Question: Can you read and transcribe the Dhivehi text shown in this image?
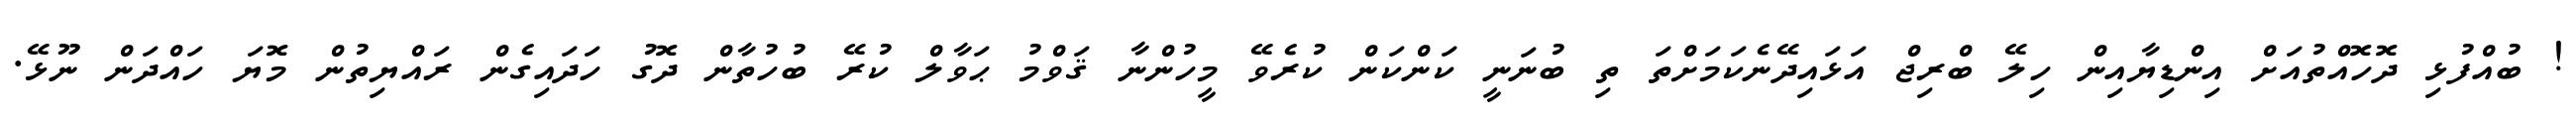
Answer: ! ބުއްފުޅި ދޮހޮއްތުއަށް އިންޑިޔާއިން ހިލޭ ބްރިޖް އަޅައިދޭނެކަމަށްތަ ތި ބުނަނީ ކަންކަން ކުރެވޭ މީހުންނާ ޤަވްމު ޙަވާލް ކުރޭ ބުހުތާން ދޮގު ހަދައިގެން ރައްޔިތުން މޮޔަ ހައްދަން ނޫޅޭ.